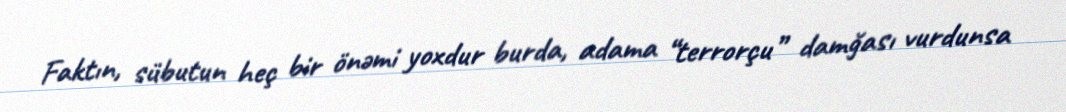
Faktın, sübutun heç bir önəmi yoxdur burda, adama “terrorçu” damğası vurdunsa